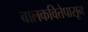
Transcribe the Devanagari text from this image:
बालकवितेपासून